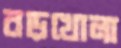
বড়খোলা